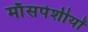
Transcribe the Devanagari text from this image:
माँसपेशीयों